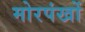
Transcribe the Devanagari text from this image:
मोरपंखों